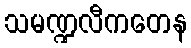
သမဏ္ဍလီကတေန